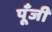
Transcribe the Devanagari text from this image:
पूॅंजी